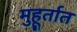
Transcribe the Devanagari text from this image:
मुहूर्तात